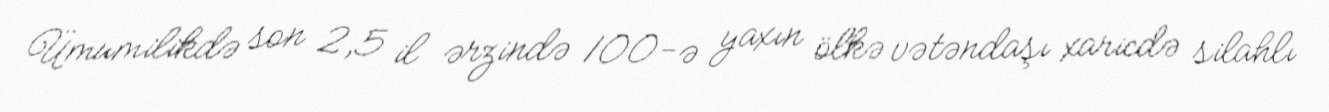
Ümumilikdə son 2,5 il ərzində 100-ə yaxın ölkə vətəndaşı xaricdə silahlı